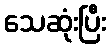
သေဆုံးပြီး